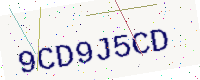
Text: 9CD9J5CD